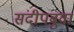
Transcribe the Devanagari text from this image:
संदीपबुवा